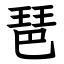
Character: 琶